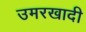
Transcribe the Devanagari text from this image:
उमरखादी